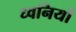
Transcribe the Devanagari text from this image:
ध्‍वनियों